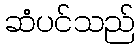
ဆံပင်သည်